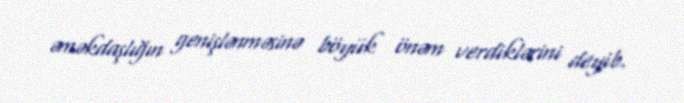
əməkdaşlığın genişlənməsinə böyük önəm verdiklərini deyib.